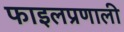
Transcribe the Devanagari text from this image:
फाइलप्रणाली